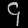
Digit: ၄